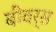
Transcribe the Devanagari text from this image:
बीवर्स